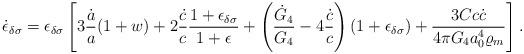
LaTeX: \begin{align*}\dot{\epsilon}_{\delta\sigma}=\epsilon_{\delta\sigma}\left[3{\dot{a}\over a}(1+w)+2{\dot{c}\over c}{{1+\epsilon_{\delta\sigma}}\over{1+\epsilon}}+\left({\dot{G}_4\over G_4}-4{\dot{c}\over c}\right)(1+\epsilon_{\delta\sigma})+{{3Cc\dot{c}}\over{4\pi G_4a^4_0\varrho_m}}\right].\end{align*}